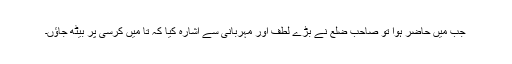
جب مَیں حاضر ہوا تو صاحب ضلع نے بڑے لطف اور مہربانی سے اشارہ کیا کہ تا مَیں کرسی پر بیٹھ جاؤں۔